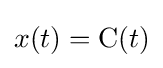
x(t)=\operatorname {C} (t)